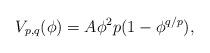
LaTeX: \begin{align*}V_{p,q}(\phi) = A \phi^2 p(1 - \phi^{q/p} ),\end{align*}